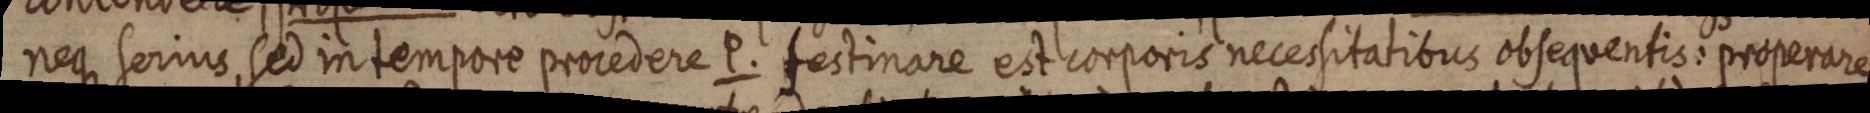
neque serius, sed intempore procedere P. festinare est corporis necessitatibus obsequentis: properare